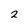
Character: 2